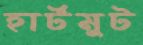
হার্টমুট